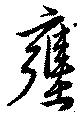
壅